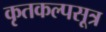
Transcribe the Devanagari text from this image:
कृतकल्पसूत्र